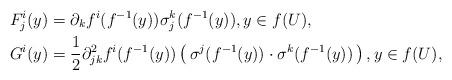
LaTeX: \begin{align*}F_j^i(y)&=\partial_k f^i(f^{-1}(y))\sigma^k_j(f^{-1}(y)),y\in f(U),\\G^i(y)&=\frac{1}{2}\partial_{jk}^2f^i(f^{-1}(y))\left(\, \sigma^j(f^{-1}(y))\cdot\sigma^k(f^{-1}(y)) \,\right),y\in f(U),\end{align*}